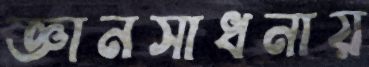
জ্ঞানসাধনায়